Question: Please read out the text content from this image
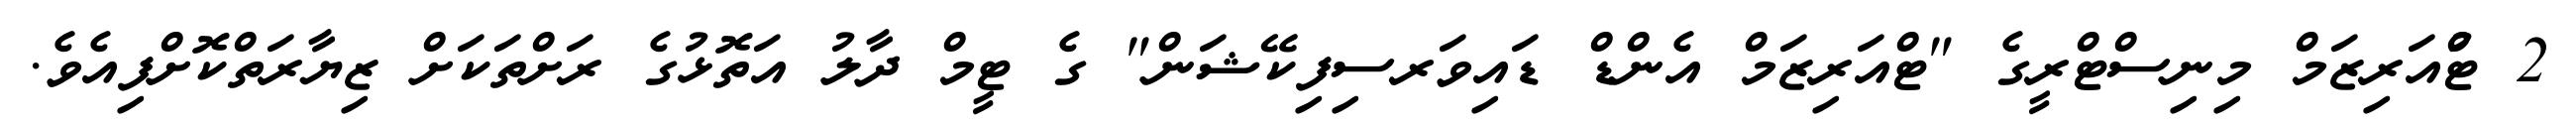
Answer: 2 ޓްުއަރިޒަމް މިނިސްޓްރީގެ "ޓްއަރިޒަމް އެންޑް ޑައިވަރސިފިކޭޝަން" ގެ ޓީމް ދާލު އަތޮޅުގެ ރަށްތަކަށް ޒިޔާރަތްކޮށްފިއެވެ.